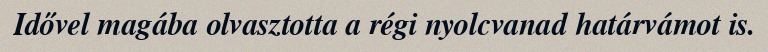
Idővel magába olvasztotta a régi nyolcvanad határvámot is.